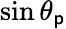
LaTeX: \sin\theta_{\mathsf{p}}